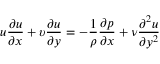
u { \frac { \partial u } { \partial x } } + \upsilon { \frac { \partial u } { \partial y } } = - { \frac { 1 } { \rho } } { \frac { \partial p } { \partial x } } + { \nu } { \frac { \partial ^ { 2 } u } { \partial y ^ { 2 } } }